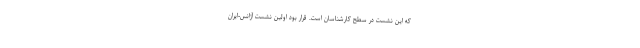
که این نشست در سطح کارشناسان است. قرار بود اولین نشست آژانس-ایران